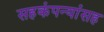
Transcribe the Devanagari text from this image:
सहकंपन्यांसह